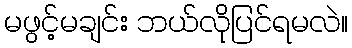
မဖွင့်မချင်း ဘယ်လိုပြင်ရမလဲ။